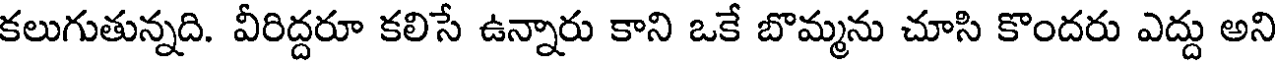
కలుగుతున్నది. వీరిద్దరూ కలిసే ఉన్నారు కాని ఒకే బొమ్మను చూసి కొందరు ఎద్దు అని